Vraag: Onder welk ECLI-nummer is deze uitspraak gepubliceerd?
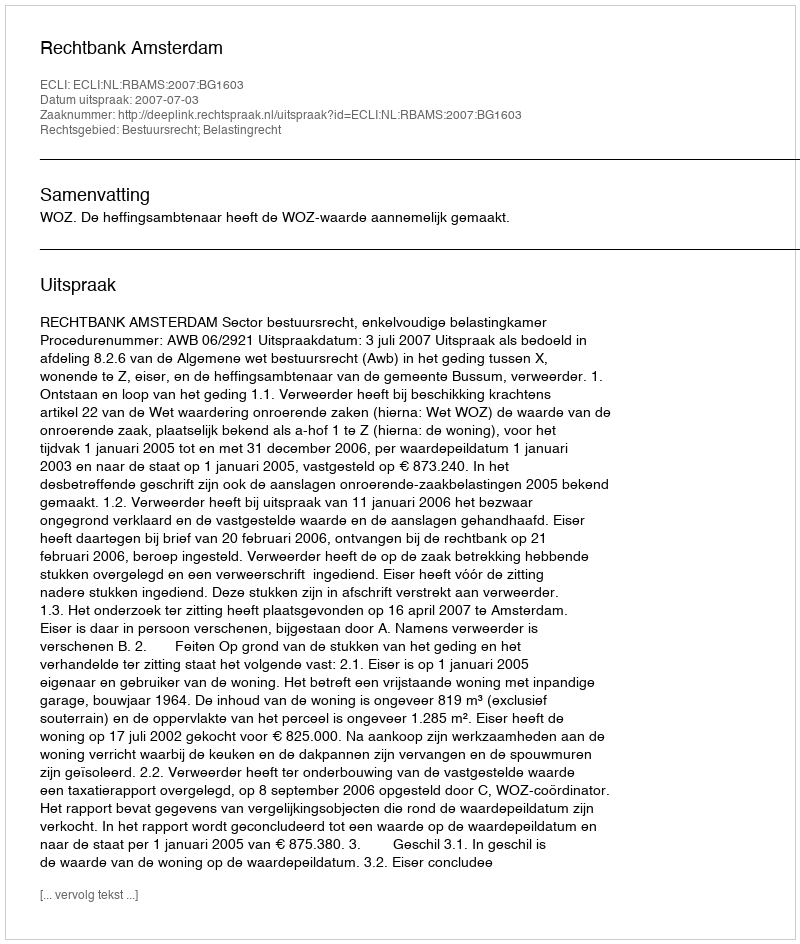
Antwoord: ECLI:NL:RBAMS:2007:BG1603